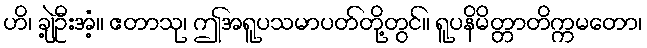
ဟိ၊ ချဲ့ဦးအံ့။ ဧတာသု၊ ဤအရူပသမာပတ်တို့တွင်။ ရူပနိမိတ္တာတိက္ကမတော၊